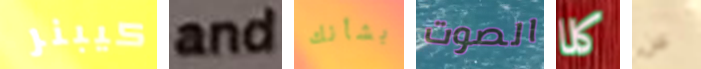
كيبنر and بشأنك الصوت كلا عن